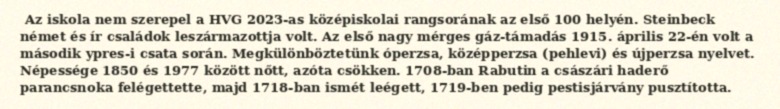
Az iskola nem szerepel a HVG 2023-as középiskolai rangsorának az első 100 helyén. Steinbeck német és ír családok leszármazottja volt. Az első nagy mérges gáz-támadás 1915. április 22-én volt a második ypres-i csata során. Megkülönböztetünk óperzsa, középperzsa (pehlevi) és újperzsa nyelvet. Népessége 1850 és 1977 között nőtt, azóta csökken. 1708-ban Rabutin a császári haderő parancsnoka felégettette, majd 1718-ban ismét leégett, 1719-ben pedig pestisjárvány pusztította.